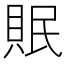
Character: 𮚀